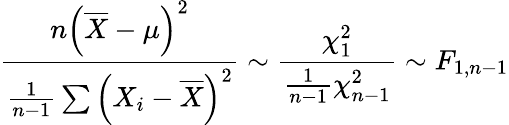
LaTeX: {\frac{n\left({\overline{{X}}}-\mu\right)^{2}}{{\frac{1}{n-1}}\sum\left(X_{i}-{\overline{{X}}}\right)^{2}}}\sim{\frac{\chi_{1}^{2}}{{\frac{1}{n-1}}\chi_{n-1}^{2}}}\sim F_{1,n-1}